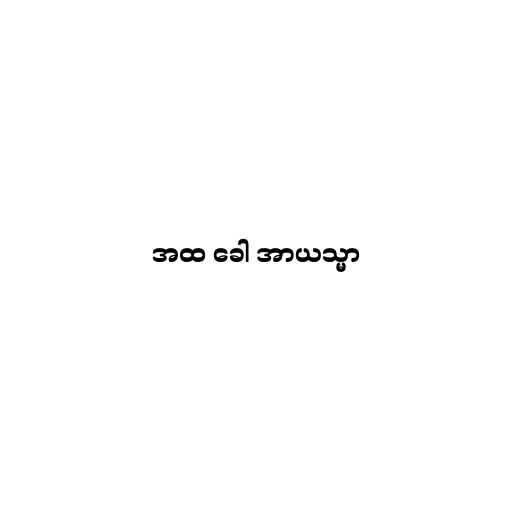
အထ ခေါ အာယသ္မာ